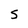
Character: 5